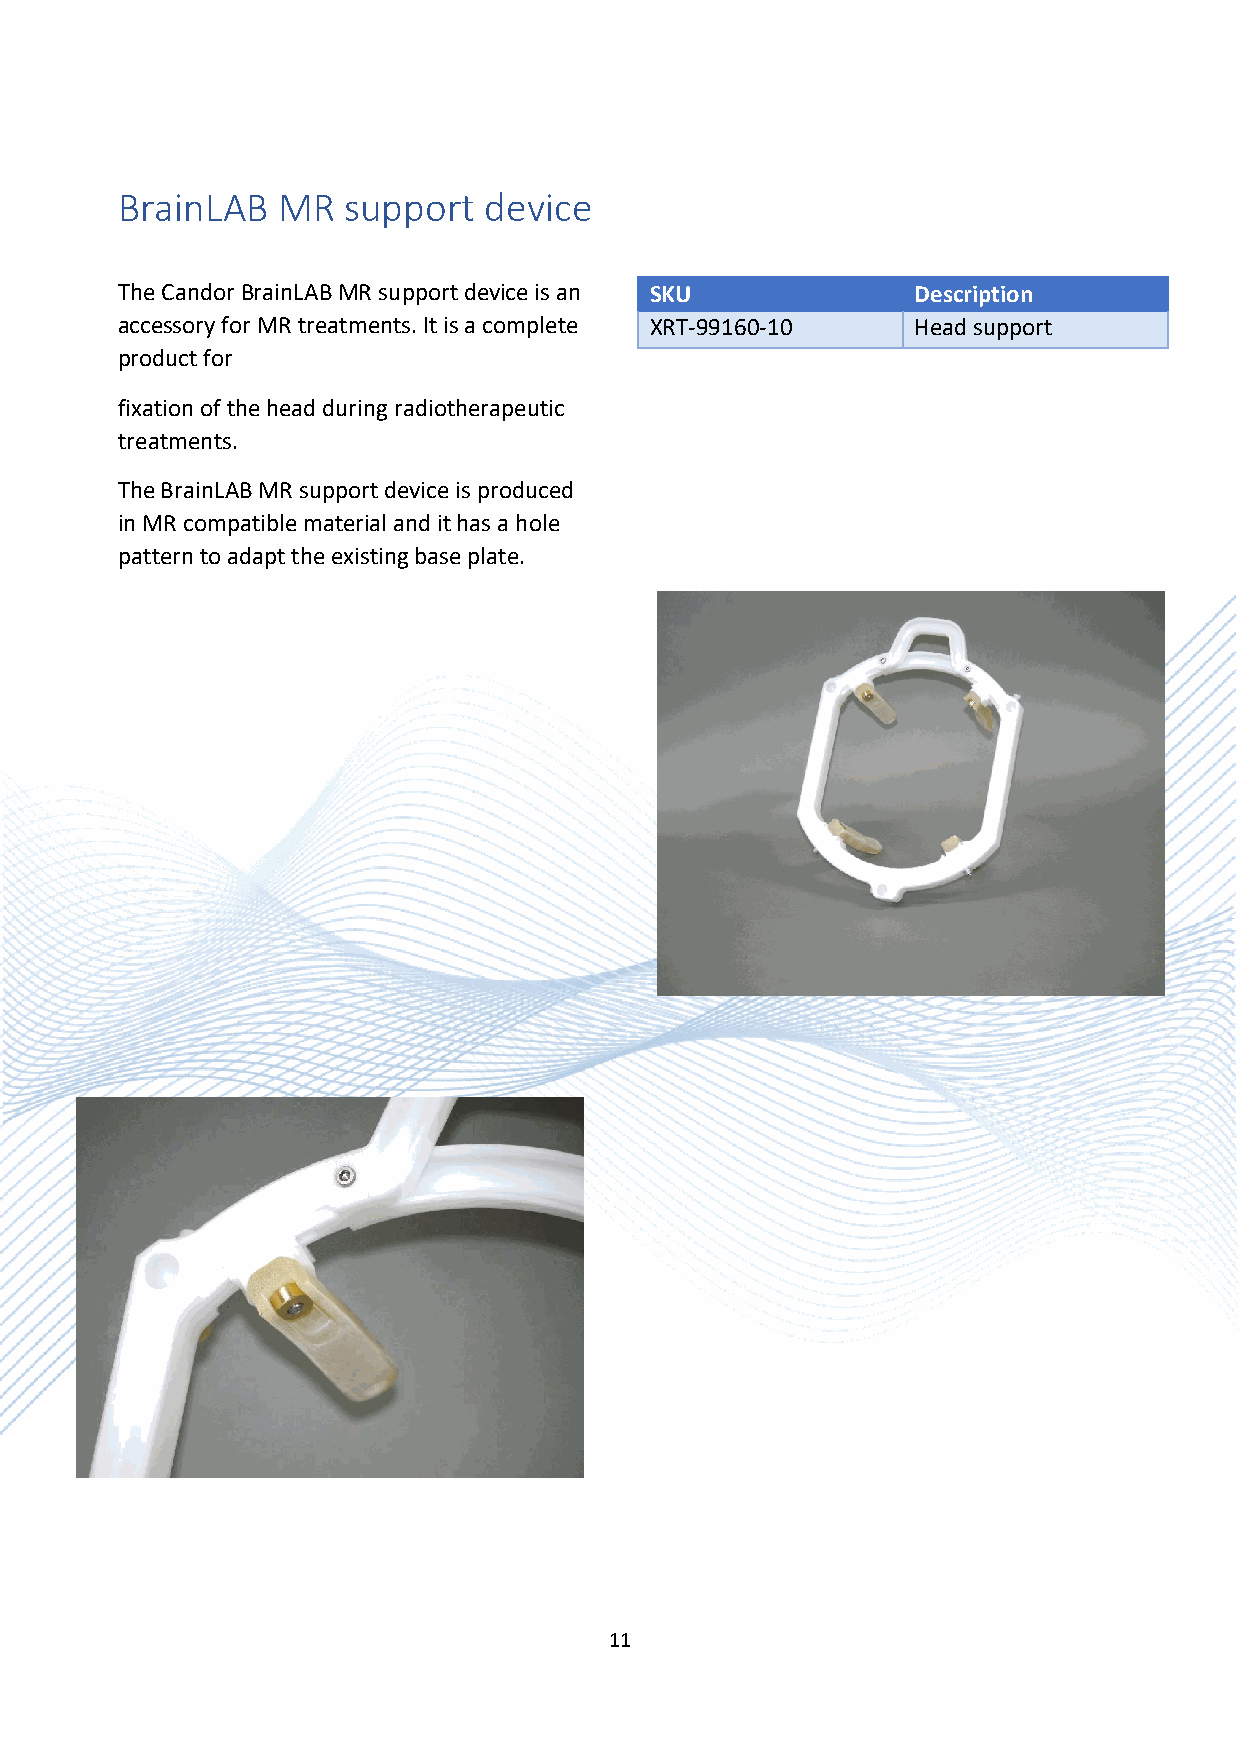
BrainLAB  MR   support  device
 The Candor BrainLAB MR support device is an SKU      Description
 accessory for MR treatments. It is a complete XRT-99160-10 Head support
 product for
 fixation of the head during radiotherapeutic
 treatments.
 The BrainLAB MR support device is produced
 in MR compatible material and it has a hole
 pattern to adapt the existing base plate.
 11